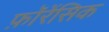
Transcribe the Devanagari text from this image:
फ़ॉरेंसिक